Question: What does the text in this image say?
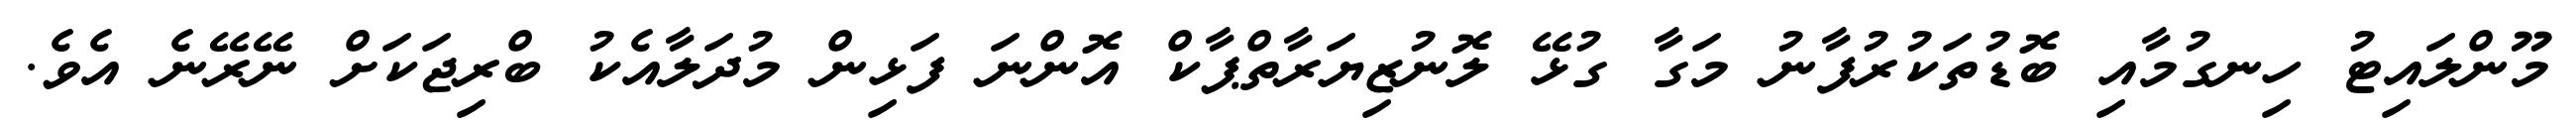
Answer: މޫންލައިޓު ހިނގުމާއި ބޮޑުތަކުރުފާނު މަގާ ގުޅޭ ލޮނުޒިޔަރާތްޕާކް އޮންނަ ފަޅިން މުދަލާއެކު ބްރިޖަކަށް ނޭރޭނެ އެވެ.